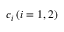
c _ { i } \, ( i = 1 , 2 )